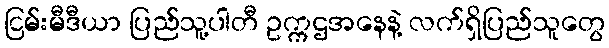
ငြမ်းမီဒီယာ ပြည်သူ့ပါတီ ဥက္ကဌအနေနဲ့ လက်ရှိပြည်သူတွေ